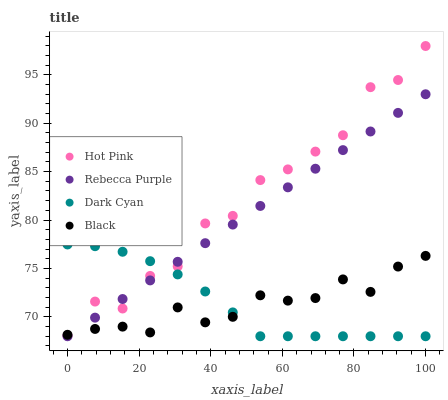
| xaxis_label | Hot Pink | Rebecca Purple | Dark Cyan | Black |
 | --- | --- | --- | --- | --- |
 | 0 | 68.1 | 68 | 77.5 | 68.2 |
 | 7.69 | 71.6 | 69.9 | 77.3 | 68.8 |
 | 15.4 | 70.9 | 71.8 | 76.7 | 69 |
 | 23.1 | 74.2 | 73.8 | 75.8 | 68.4 |
 | 30.8 | 75.2 | 75.7 | 74.4 | 71 |
 | 38.5 | 79.6 | 77.6 | 72.6 | 69.4 |
 | 46.2 | 80.4 | 79.5 | 70.5 | 70 |
 | 53.8 | 84.1 | 81.5 | 68 | 72.2 |
 | 61.5 | 85.2 | 83.4 | 68 | 71.7 |
 | 69.2 | 87.1 | 85.3 | 68 | 71.9 |
 | 76.9 | 88.8 | 87.2 | 68 | 73.9 |
 | 84.6 | 93.7 | 89.1 | 68 | 72.6 |
 | 92.3 | 94.5 | 91.1 | 68 | 75.2 |
 | 100 | 98 | 93 | 68 | 76.3 |